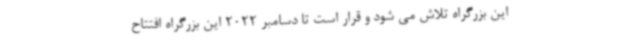
این بزرگراه تلاش می شود و قرار است تا دسامبر 2022 این بزرگراه افتتاح